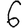
Digit: 6